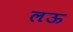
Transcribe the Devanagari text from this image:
लऊ